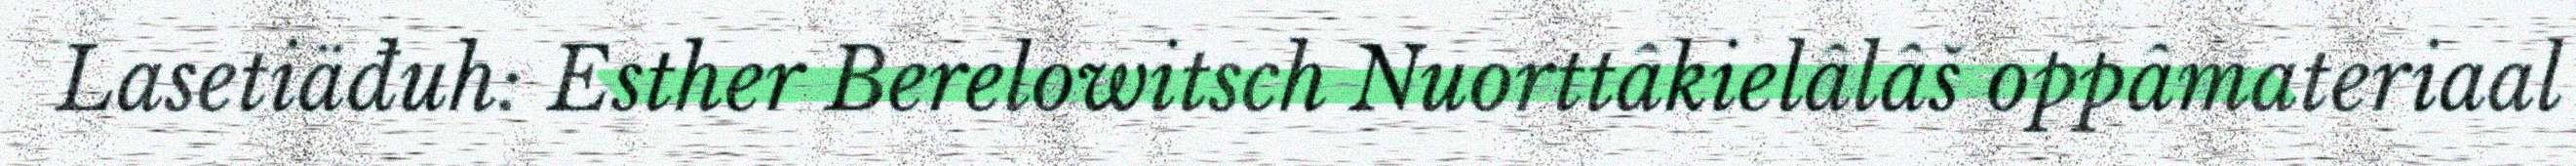
Lasetiäđuh: Esther Berelowitsch Nuorttâkielâlâš oppâmateriaal